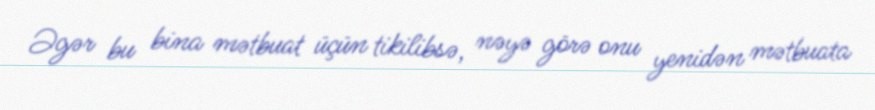
Əgər bu bina mətbuat üçün tikilibsə, nəyə görə onu yenidən mətbuata